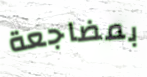
بمضاجعة